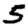
Digit: 5